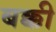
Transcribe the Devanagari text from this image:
बक्की